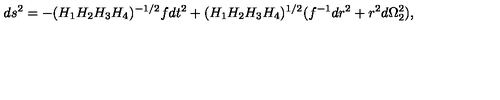
d s ^ { 2 } = - ( H _ { 1 } H _ { 2 } H _ { 3 } H _ { 4 } ) ^ { - 1 / 2 } f d t ^ { 2 } + ( H _ { 1 } H _ { 2 } H _ { 3 } H _ { 4 } ) ^ { 1 / 2 } ( f ^ { - 1 } d r ^ { 2 } + r ^ { 2 } d \Omega _ { 2 } ^ { 2 } ) ,